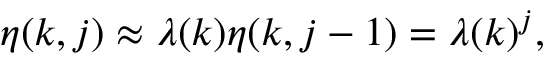
\begin{array} { r } { \eta ( k , j ) \approx \lambda ( k ) \eta ( k , j - 1 ) = \lambda ( k ) ^ { j } , } \end{array}